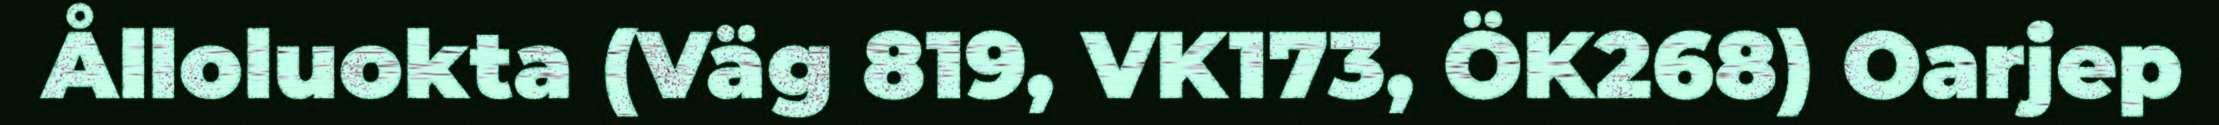
Ålloluokta (Väg 819, VK173, ÖK268) Oarjep